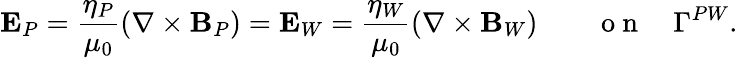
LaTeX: \mathbf E_{P}=\frac{\eta_{P}}{\mu_{0}}\left(\nabla\times{\mathbf B_{P}}\right)=\mathbf E_{W}=\frac{\eta_{W}}{\mu_{0}}\left(\nabla\times{\mathbf B_{W}}\right)\qquad\mathrm{~o~n~}\quad\Gamma^{PW}.